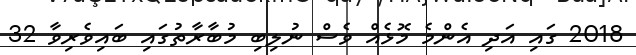
2018 ގައި އަދި އެންމެ މޮޅެއް ވެސް ނުލިބި މުބާރާތުގައި ބައިވެރިވާ 32